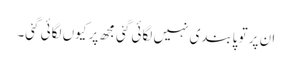
ان پر تو پابندی نہیں لگائی گئی مجھ پر کیوں لگائی گئی۔